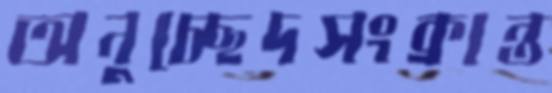
অনুচ্ছেদসংক্রান্ত